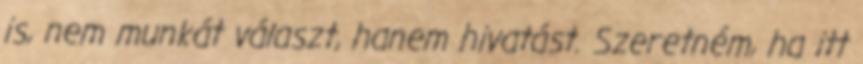
is, nem munkát választ, hanem hivatást. Szeretném, ha itt